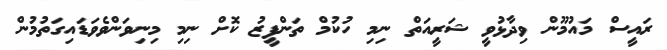
ރައީސް މައުމޫން ވިދާޅުވީ ޝަރީއަތް ނިމި ހުކުމް ތަންފީޒު ކޮށް ނިމި މިނިވަންވެވަޑައިގަތުމުން